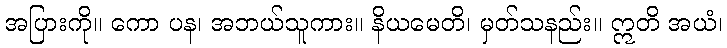
အပြားကို။ ကော ပန၊ အဘယ်သူကား။ နိယမေတိ၊ မှတ်သနည်း။ ဣတိ အယံ၊